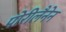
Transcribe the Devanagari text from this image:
पोरीलैनेन